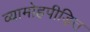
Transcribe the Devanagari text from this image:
व्यामोहपीड़ित